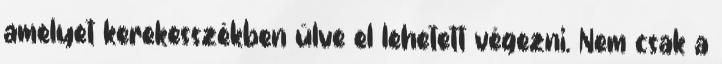
amelyet kerekesszékben ülve el lehetett végezni. Nem csak a